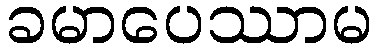
ခမာပေဿာမ